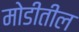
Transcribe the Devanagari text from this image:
मोडीतील